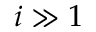
i \gg 1